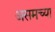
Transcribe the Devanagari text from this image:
असमच्या